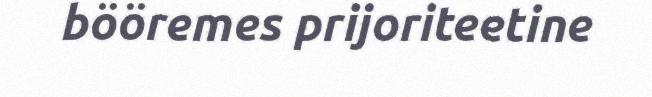
bööremes prijoriteetine